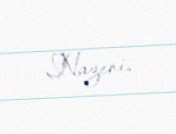
Nazeni.